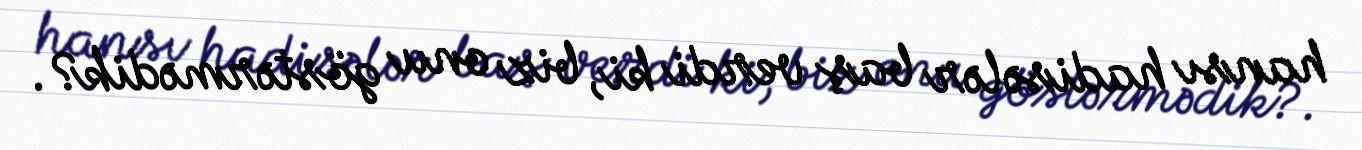
hansı hadisələr baş verdi ki, biz onu göstərmədik?.